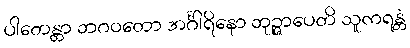
ပါတေန္တာ ဘဂဝတော အင်္ဂါရိနော ဘုဉ္ဇာပေတိ သူကရန္တံ